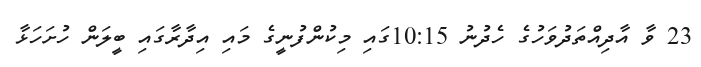
23 ވާ އާދިއްތަދުވަހުގެ ހެދުނު 10:15ގައި މިކުންފުނީގެ މައި އިދާރާގައި ބީލަން ހުށަހަޅާ